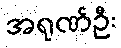
အရုဏ်ဦး